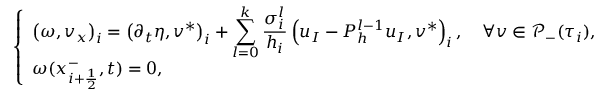
\left\{ \begin{array} { l } { \left( \omega , v _ { x } \right) _ { i } = \left( \partial _ { t } \eta , v ^ { * } \right) _ { i } + \displaystyle \sum _ { l = 0 } ^ { k } \frac { \sigma _ { i } ^ { l } } { h _ { i } } \left( u _ { I } - P _ { h } ^ { l - 1 } u _ { I } , v ^ { * } \right) _ { i } , \quad \forall v \in \mathcal { P } _ { - } ( \tau _ { i } ) , } \\ { \omega ( x _ { i + \frac { 1 } { 2 } } ^ { - } , t ) = 0 , } \end{array} \right.